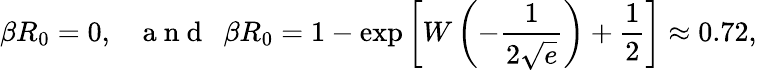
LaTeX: \beta R_{0}=0,~~~\mathrm{~a~n~d~}~~\beta R_{0}=1-\exp\left[W\left(-\frac{1}{2\sqrt{e}}\right)+\frac{1}{2}\right]\approx 0.72,